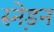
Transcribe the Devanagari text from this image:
स्ने़डन